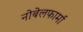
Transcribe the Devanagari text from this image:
नोबेलफार्मा